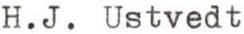
H.J. Ustvedt